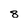
Character: 8